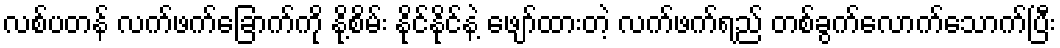
လစ်ပတန် လက်ဖက်ခြောက်ကို နို့စိမ်း နိုင်နိုင်နဲ့ ဖျော်ထားတဲ့ လက်ဖက်ရည် တစ်ခွက်လောက်သောက်ပြီး